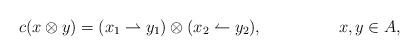
LaTeX: \begin{align*} &c(x\otimes y)=(x_1\rightharpoonup y_1)\otimes (x_2\leftharpoonup y_2),&& x,y\in A,\end{align*}